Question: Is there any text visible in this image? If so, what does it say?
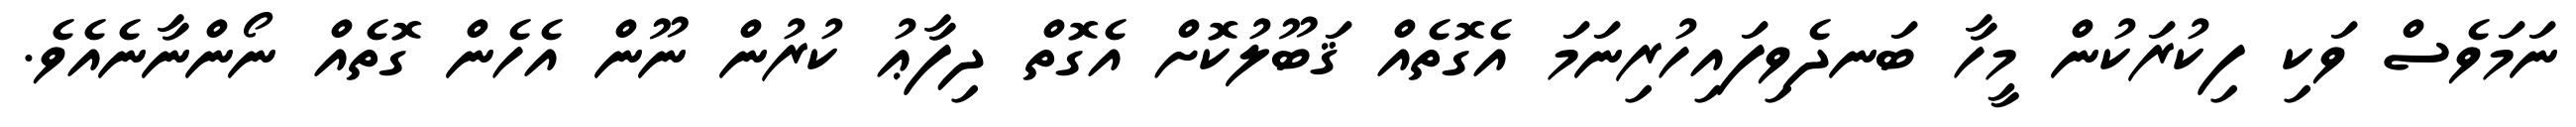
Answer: ނަމަވެސް ވަކި ފިކުރަކުން މީހާ ބަނދެވިފައިހުރިނަމަ އެގޮތެއް ޤަބޫލުކޮށް އެގޮތް ދިފާޢު ކުރުން ނޫން އެހެން ގޮތެއް ނޯންނާނެއެވެ.